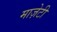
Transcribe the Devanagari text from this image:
माज़ेटी